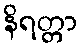
နိရတ္တာ